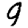
Digit: 9